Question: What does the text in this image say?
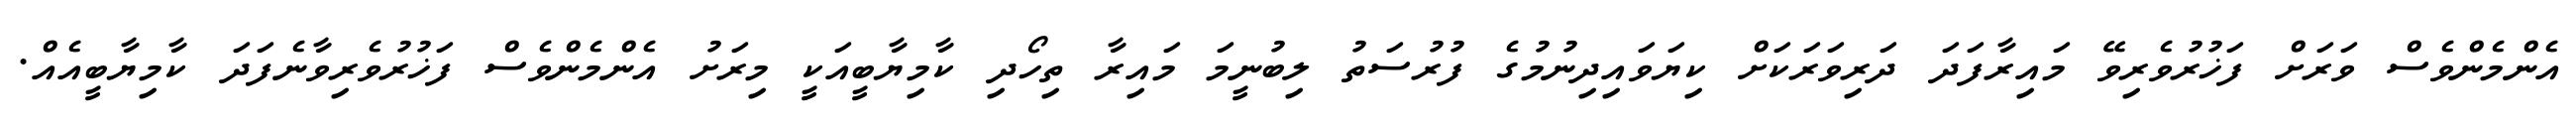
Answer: އެންމެންވެސް ވަރަށް ފަޚުރުވެރިވޭ މައިރާފަދަ ދަރިވަރަކަށް ކިޔަވައިދިނުމުގެ ފުރުސަތު ލިބުނީމަ މައިރާ ތިހޯދި ކާމިޔާބީއަކީ މިރަށު އެންމެންވެސް ފަޚުރުވެރިވާނެފަދަ ކާމިޔާބީއެއް.